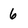
Character: 6